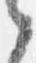
之